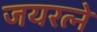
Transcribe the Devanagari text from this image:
जयरत्ने